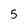
Character: 5